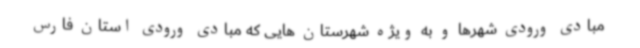
مبادی ورودی شهرها و به ویژه شهرستان هایی که مبادی ورودی استان فارس